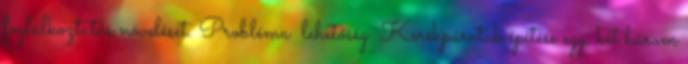
foglalkoztatás növelését. Probléma lehetőség ▪Kerékpárutak építése egy, két három